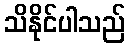
သိနိုင်ပါသည်